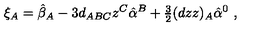
\xi _ { A } = \hat { \beta } _ { A } - 3 d _ { A B C } z ^ { C } \hat { \alpha } ^ { B } + { \textstyle \frac { 3 } { 2 } } ( d z z ) _ { A } \hat { \alpha } ^ { 0 } \ ,